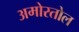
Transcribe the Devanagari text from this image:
अमोरतोल